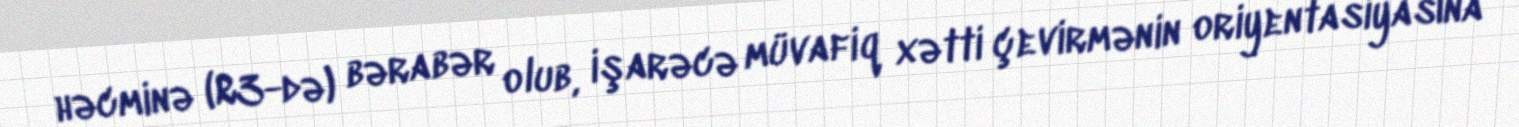
həcminə (R3-də) bərabər olub, işarəcə müvafiq xətti çevirmənin oriyentasiyasına